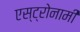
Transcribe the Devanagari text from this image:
एस्ट्रोनामी